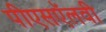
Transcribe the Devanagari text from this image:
पीएसऍलवी